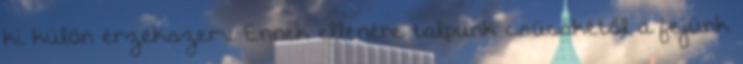
ki külön érzékszerv. Ennek ellenére talpunk csücskétől a fejünk